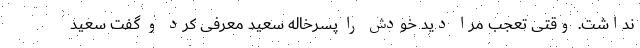
نداشت. وقتی تعجب مرا دید خودش را پسرخاله سعید معرفی کرد و گفت سعید